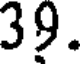
39.